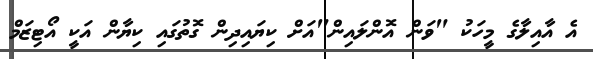
އެ އާއިލާގެ މީހަކު "ވަން އޮންލައިން"އަށް ކިޔައިދިން ގޮތުގައި ކިޔާން އަކީ އޯޓިޒަމް